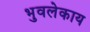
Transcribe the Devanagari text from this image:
भुवलेकाय